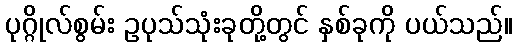
ပုဂ္ဂိုလ်စွမ်း ဥပုသ်သုံးခုတို့တွင် နှစ်ခုကို ပယ်သည်။